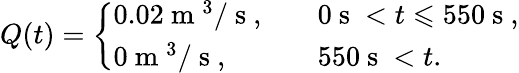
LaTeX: Q(t)=\left\{ \begin{array}{ll}{0.02\mathrm{~m~}^{3}/\mathrm{~s~},\quad}&{0\mathrm{~s~}<t\leqslant 550\mathrm{~s~},}\\ {0\mathrm{~m~}^{3}/\mathrm{~s~},\quad}&{550\mathrm{~s~}<t.}\end{array}\right.